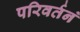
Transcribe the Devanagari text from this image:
परिवर्तनं